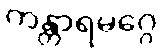
ကန္တာရမဂ္ဂေ